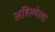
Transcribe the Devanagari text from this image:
अहिल्येला